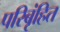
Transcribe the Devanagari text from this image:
परिबृंहित